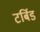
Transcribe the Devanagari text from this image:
टर्बिड